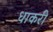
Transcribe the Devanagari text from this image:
धाकरी